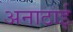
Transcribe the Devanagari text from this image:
अनाठाई